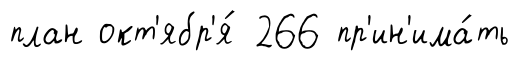
план окт'ябр'я́ 266 пр'ин'има́ть